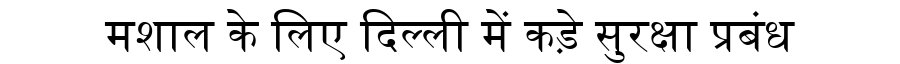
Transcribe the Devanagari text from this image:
मशाल के लिए दिल्ली में कड़े सुरक्षा प्रबंध